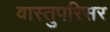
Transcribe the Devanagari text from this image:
वास्तुपरिसर